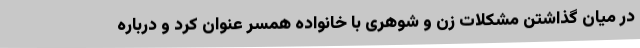
در میان گذاشتن مشکلات زن و شوهری با خانواده همسر عنوان کرد و درباره